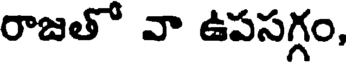
రాజతో వా ఉపసగ్గం,